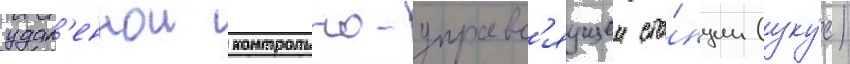
удал'еннои контрольно-управл'яущеи ста́нции (уку́с)